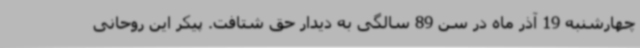
چهارشنبه 19 آذر ماه در سن 89 سالگی به دیدار حق شتافت. پیکر این روحانی